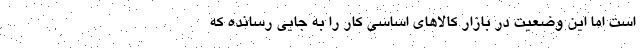
است اما این وضعیت در بازار کالاهای اساسی کار را به جایی رسانده که